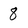
Character: 8